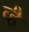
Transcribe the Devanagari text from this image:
व्है